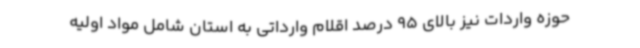
حوزه واردات نیز بالای 95 درصد اقلام وارداتی به استان شامل مواد اولیه